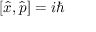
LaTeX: [ { \hat { x } } , { \hat { p } } ] = i \hbar